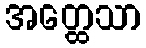
အတ္ထေသာ